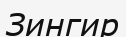
Зингир